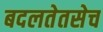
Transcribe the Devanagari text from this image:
बदलतेतसेच